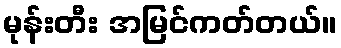
မုန်းတီး အမြင်ကတ်တယ်။